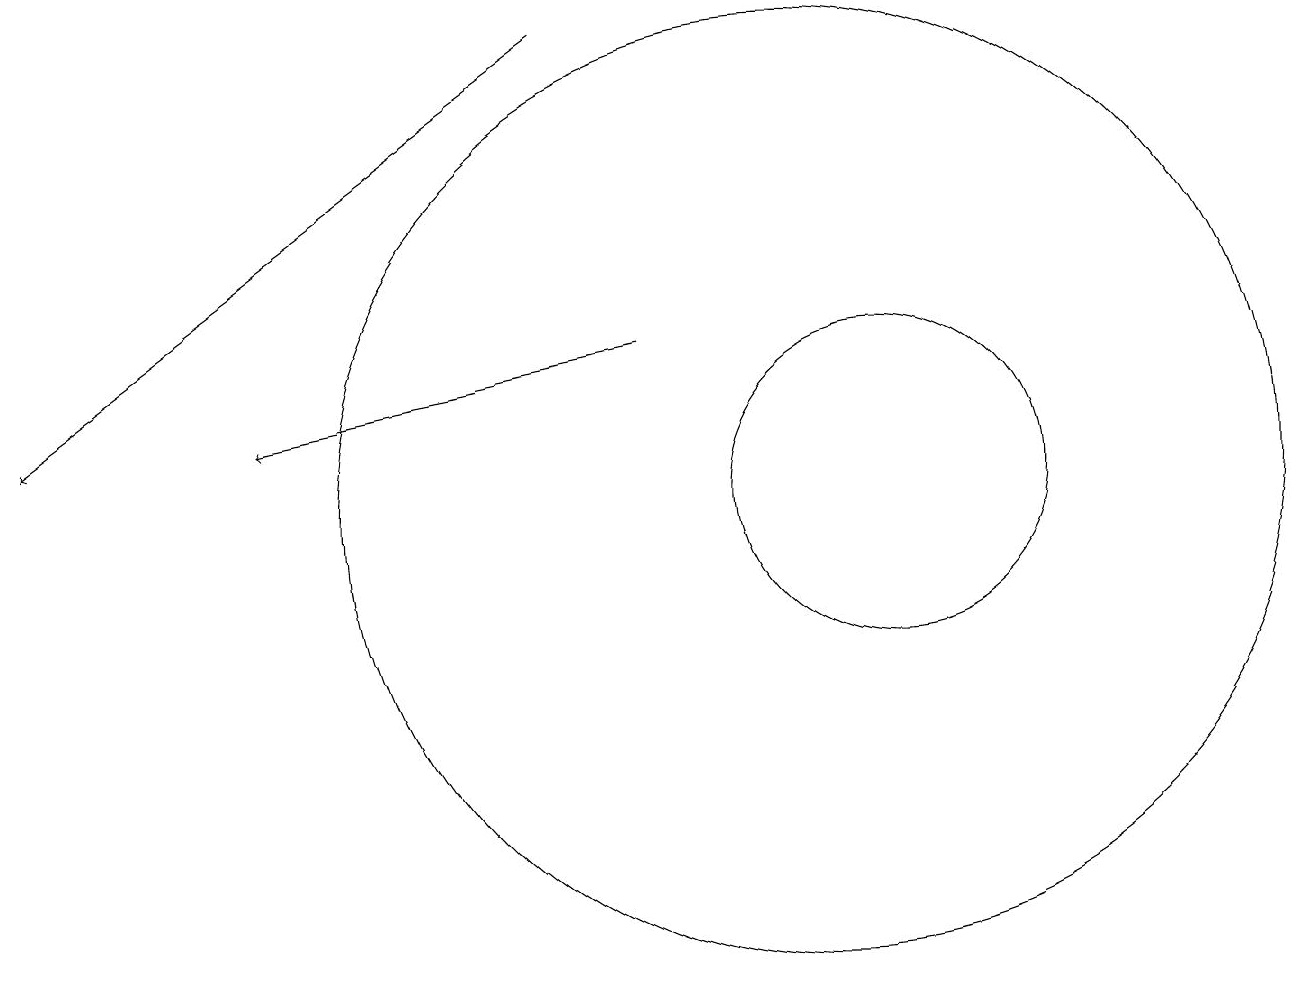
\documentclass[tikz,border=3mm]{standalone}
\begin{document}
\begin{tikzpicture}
\draw[->] (7,17) -- (0,12);
\draw[->] (8,13) -- (3,12);
\draw (10,11) circle (6);
\draw (11,11) circle (2);
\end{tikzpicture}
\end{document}